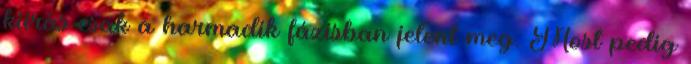
kiírás csak a harmadik fázisban jelent meg. Most pedig